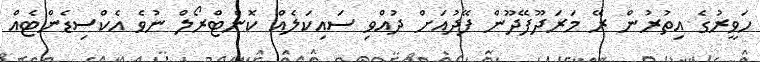
ހަވީރުގެ އިތުރުން ރޭ މަރަދޫފޭދޫން ފޭދުއަށް ދުއްވި ސައިކަލެއް ކޮންޓްރޯލް ނުވެ އެކްސިޑެންޓެއް